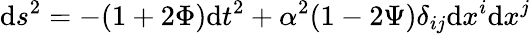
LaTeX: \mathrm{d}s^{2}=-(1+2\Phi)\mathrm{d}t^{2}+\alpha^{2}(1-2\Psi)\delta_{ij}\mathrm{d}x^{i}\mathrm{d}x^{j}